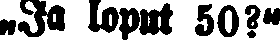
„Ja loput 50?"